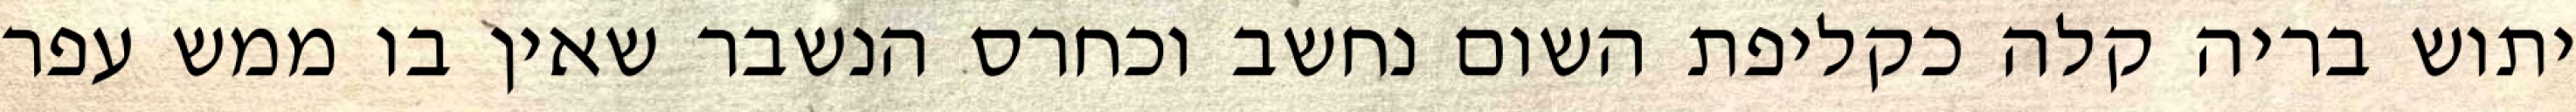
יתוש בריה קלה כקליפת השום נחשב וכחרס הנשבר שאין בו ממש עפר